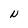
Character: N